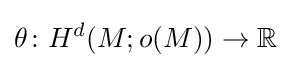
\theta \colon H^{d}(M;o(M))\to \mathbb {R}